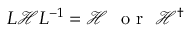
L \mathcal { H } L ^ { - 1 } = \mathcal { H } \ \mathrm { ~ o ~ r ~ } \ \mathcal { H } ^ { \dagger }